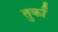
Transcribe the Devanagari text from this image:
तुर्कां